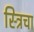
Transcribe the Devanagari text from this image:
स्त्रिचा